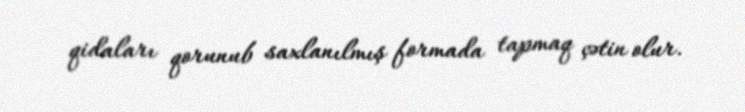
qidaları qorunub saxlanılmış formada tapmaq çətin olur.